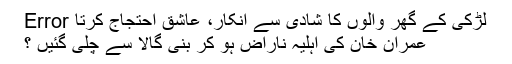
لڑکی کے گھر والوں کا شادی سے انکار، عاشق احتجاج کرتا Error
عمران خان کی اہلیہ ناراض ہو کر بنی گالا سے چلی گئیں ؟